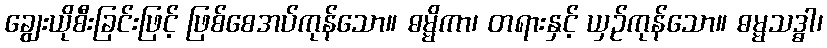
ချွေးယိုစီးခြင်းဖြင့် ဖြစ်စေအပ်ကုန်သော။ ဓမ္မိကာ၊ တရားနှင့် ယှဉ်ကုန်သော။ ဓမ္မသဒ္ဓါ၊